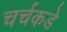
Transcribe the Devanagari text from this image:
चर्चकडे